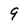
Character: 9